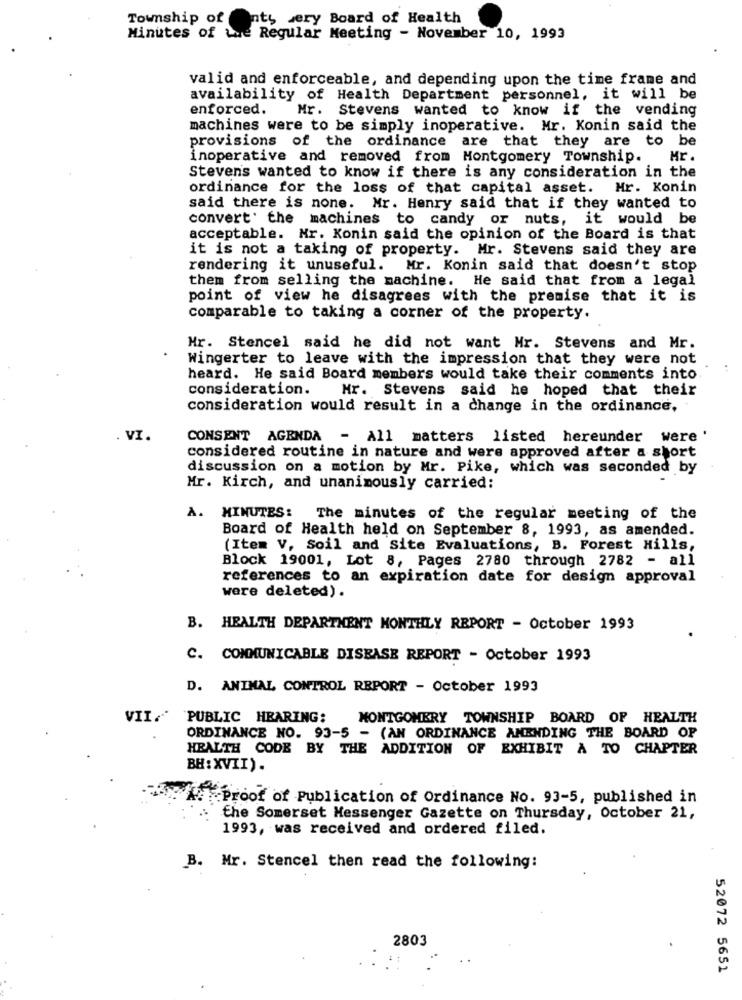
Township of
Ints wery Board of Health
Minutes of the Regular Meeting - November 10, 1993
valid and enforceable, and depending upon the time frame and
availability of Health Department personnel, it will be
enforced.
Mr. Stevens wanted to know if the vending
machines were to be simply inoperative. Mr. Konin said the
provisions of the ordinance are that they are to be
inoperative and removed from Montgomery Township.
Mr.
Stevens wanted to know if there is any consideration in the
ordinance for the loss of that capital asset.
Mr. Konin
said there is none. Mr. Henry said that if they wanted to
convert' the machines to candy or nuts, it would be
acceptable. Mr. Konin said the opinion of the Board is that
it is not a taking of property. Mr. Stevens said they are
rendering it unuseful. Mr. Konin said that doesn't stop
them from selling the machine. He said that from a legal
point of view he disagrees with the premise that it is
comparable to taking a corner of the property.
Hr. Stencel said he did not want Mr. Stevens and Mr.
Wingerter to leave with the impression that they were not
heard. He said Board members would take their comments into
consideration.
Mr. Stevens said he hoped that their
consideration would result in a change in the ordinance,
VI.
CONSENT AGENDA - All matters listed hereunder were '
considered routine in nature and were approved after a short
discussion on a motion by Mr. Pike, which was seconded by
Mr. Kirch, and unanimously carried:
A. MINUTES: The minutes of the regular meeting of the
Board of Health held on September 8, 1993, as amended.
(Item V, Soil and Site Evaluations, B. Forest Hills,
Block 19001, Lot 8, Pages 2780 through 2782 - all
references to an expiration date for design approval
were deleted).
B. HEALTH DEPARTMENT MONTHLY REPORT - October 1993
C. COMMUNICABLE DISEASE REPORT - October 1993
D. ANIMAL CONTROL REPORT - October 1993
VII .*
PUBLIC HEARING:
MONTGOMERY TOWNSHIP BOARD OF HEALTH
ORDINANCE NO. 93-5 - (AN ORDINANCE AMENDING THE BOARD OF
HEALTH CODE BY THE ADDITION OF EXHIBIT A TO CHAPTER
BH: XVII).
Proof of Publication of Ordinance No. 93-5, published in
the Somerset Messenger Gazette on Thursday, October 21,
1993, was received and ordered filed.
B. Mr. Stencel then read the following:
2803
52072 5651